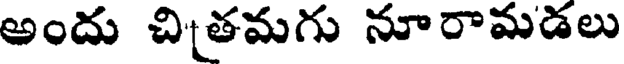
అందు చితమగు నూరామడలు